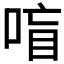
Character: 𰇸